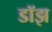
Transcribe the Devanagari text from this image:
डॉझ